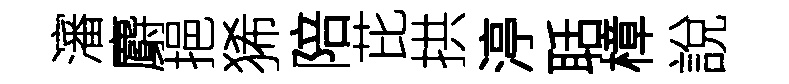
瀋麝挹狶陪芘拱渟聒樟說